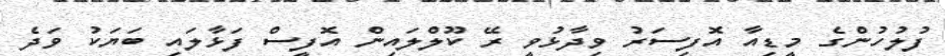
ފުލުހުންގެ މީޑިއާ އޮފިސަރު ވިދާޅުވީ ރޭ ކޫލްލައިން އޮފީސް ފަޅާލައި ބަޔަކު ވަދެ